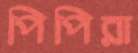
পিপিরা